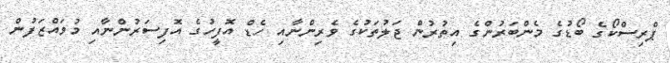
ޕްރިސްކޯގެ ބޯޑުގެ މެންބަރުންގެ އިތުރުން ޖަލުތަކުގެ ވެރިންނާއި ހެޑް އޮފީހުގެ އޮފިސަރުންނާއި މުވައްޒަފުން